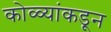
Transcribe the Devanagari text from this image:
कोळ्यांकडून